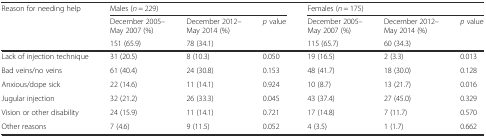
<table><thead><tr><td><b>Reason for needing help</b></td><td colspan="3"><b>Males (<i>n</i> = 229)</b></td><td colspan="3"><b>Females (<i>n</i> = 175)</b></td></tr><tr><td></td><td><b>December 2005–May 2007 (%)</b></td><td><b>December 2012–May 2014 (%)</b></td><td rowspan="2"><b><i>p</i> value</b></td><td><b>December 2005–May 2007 (%)</b></td><td><b>December 2012–May 2014 (%)</b></td><td rowspan="2"><b><i>p</i> value</b></td></tr><tr><td></td><td><b>151 (65.9)</b></td><td><b>78 (34.1)</b></td><td><b>115 (65.7)</b></td><td><b>60 (34.3)</b></td></tr></thead><tbody><tr><td>Lack of injection technique</td><td>31 (20.5)</td><td>8 (10.3)</td><td>0.050</td><td>19 (16.5)</td><td>2 (3.3)</td><td>0.013</td></tr><tr><td>Bad veins/no veins</td><td>61 (40.4)</td><td>24 (30.8)</td><td>0.153</td><td>48 (41.7)</td><td>18 (30.0)</td><td>0.128</td></tr><tr><td>Anxious/dope sick</td><td>22 (14.6)</td><td>11 (14.1)</td><td>0.924</td><td>10 (8.7)</td><td>13 (21.7)</td><td>0.016</td></tr><tr><td>Jugular injection</td><td>32 (21.2)</td><td>26 (33.3)</td><td>0.045</td><td>43 (37.4)</td><td>27 (45.0)</td><td>0.329</td></tr><tr><td>Vision or other disability</td><td>24 (15.9)</td><td>11 (14.1)</td><td>0.721</td><td>17 (14.8)</td><td>7 (11.7)</td><td>0.570</td></tr><tr><td>Other reasons</td><td>7 (4.6)</td><td>9 (11.5)</td><td>0.052</td><td>4 (3.5)</td><td>1 (1.7)</td><td>0.662</td></tr></tbody></table>